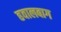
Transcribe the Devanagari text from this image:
हवालबाग